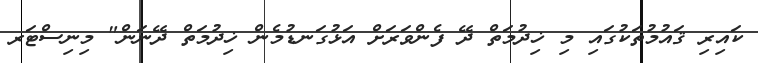
ކައިރި ޤައުމުތަކުގައި މި ޚިދުމަތް ދޭ ފެންވަރަށް އަޅުގަނޑުމެން ޚިދުމަތް ދޭނަން" މިނިސްޓަރ